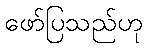
ဖော်ပြသည်ဟု